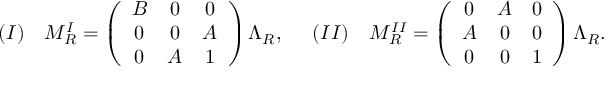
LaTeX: \begin{array} { l l l l } { { ( I ) } } & { { M _ { R } ^ { I } = \left( \begin{array} { c c c } { { B } } & { { 0 } } & { { 0 } } \\ { { 0 } } & { { 0 } } & { { A } } \\ { { 0 } } & { { A } } & { { 1 } } \end{array} \right) \Lambda _ { R } , \; \; } } & { { ( I I ) } } & { { M _ { R } ^ { I I } = \left( \begin{array} { c c c } { { 0 } } & { { A } } & { { 0 } } \\ { { A } } & { { 0 } } & { { 0 } } \\ { { 0 } } & { { 0 } } & { { 1 } } \end{array} \right) \Lambda _ { R } . } } \end{array}